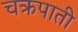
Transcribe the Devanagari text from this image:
चक्रपाती